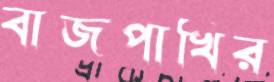
বাজপাখির